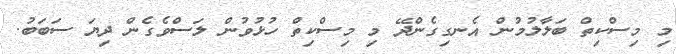
މި މިސްކިތް ބަލާލުމުން އެނގިގެންދޭ މި މިސްކިތް ހުޅުވުން ލަސްވެގެން ދިޔަ ސަބަބު.